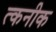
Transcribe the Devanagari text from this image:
त्कनीक